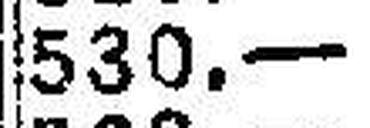
530.—